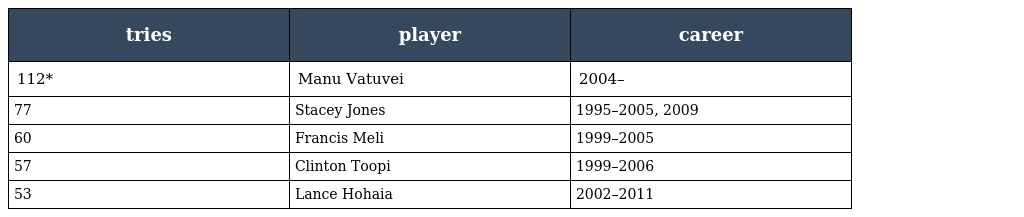
| tries | player | career |
 | --- | --- | --- |
 | 112* | Manu Vatuvei | 2004– |
 | 77 | Stacey Jones | 1995–2005, 2009 |
 | 60 | Francis Meli | 1999–2005 |
 | 57 | Clinton Toopi | 1999–2006 |
 | 53 | Lance Hohaia | 2002–2011 |